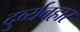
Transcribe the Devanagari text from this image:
दुर्व्‍यवहार